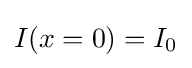
I(x=0)=I_{0}